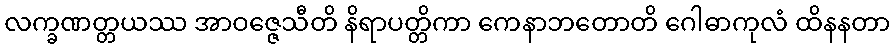
လက္ခဏတ္တယဿ အာဝဇ္ဇေသီတိ နိရာပတ္တိကာ ကေနာဘတောတိ ဂေါဓာကုလံ ထိနနတာ